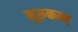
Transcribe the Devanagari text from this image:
मूरूकम्म्